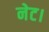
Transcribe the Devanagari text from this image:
नेट।